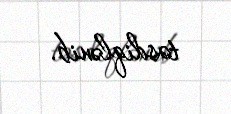
təsdiqlənib.